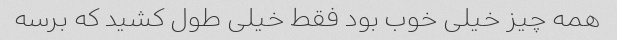
همه چیز خیلی خوب بود فقط خیلی طول کشید که برسه